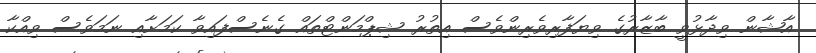
އާޝާން ވިދާޅުވީ ބާޒާރުގެ ވިޔަފާރިވެރިންވެސް އިތުރު ޝިޕްމަންޓްތައް ގެނެސްފައިވާ ކަމަށާއި ނަމަވެސް ވިއްކާ